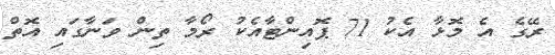
ރޭގެ އެ މޮޅާ އެކު 71 ޕޮއިންޓާއެކު ރޯމާ ތިން ވަނާގައި އޮތް